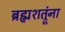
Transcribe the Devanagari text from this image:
ब्रह्मशत्रूंना